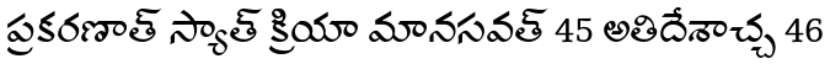
ప్రకరణాత్ స్యాత్ క్రియా మానసవత్ 45 అతిదేశాచ్చ 46